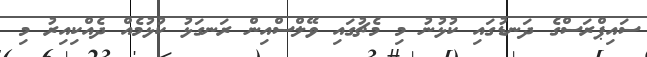
ސައިޕްރަސްގެ ދަނޑުގައި ކުޅުނު މި މެޗުގައި ވޭލްސްއިން ރަނގަޅު ކުޅުމެއް ދެއްކިއިރު މި